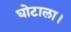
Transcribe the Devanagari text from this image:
घोटाला।